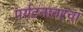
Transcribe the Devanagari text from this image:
पर्यटनावरचा